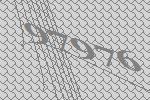
97976